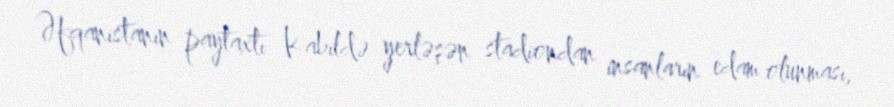
Əfqanistanın paytaxtı Kabildə yerləşən stadiondan insanların edam olunması,